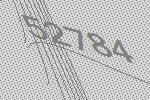
52784